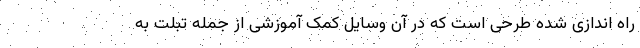
راه اندازی شده طرحی است که در آن وسایل کمک آموزشی از جمله تبلت به